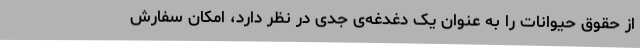
از حقوق حیوانات را به عنوان یک دغدغه‌ی جدی در نظر دارد، امکان سفارش